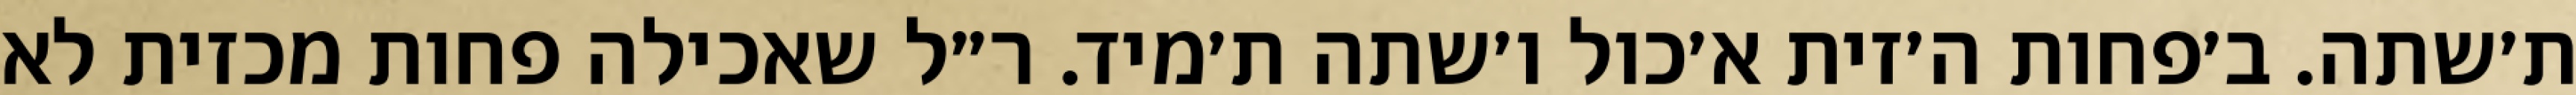
ת׳שתה. ב׳פחות ה׳זית א׳כול ו׳שתה ת׳מיד. ר״ל שאכילה פחות מכזית לא